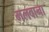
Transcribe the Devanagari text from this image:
मलवाना